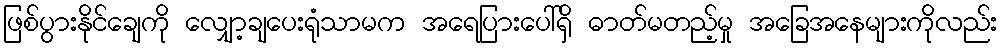
ဖြစ်ပွားနိုင်ချေကို လျှော့ချပေးရုံသာမက အရေပြားပေါ်ရှိ ဓာတ်မတည့်မှု အခြေအနေများကိုလည်း